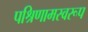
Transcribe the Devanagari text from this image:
पश्रिणामस्वरूप